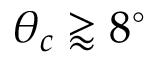
\theta _ { c } \gtrapprox 8 ^ { \circ }